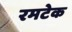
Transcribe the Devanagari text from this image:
रमटेक